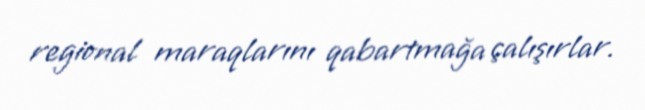
regional maraqlarını qabartmağa çalışırlar.